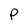
Character: p